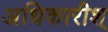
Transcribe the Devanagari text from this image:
अधिकारीश्